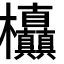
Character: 𭭃